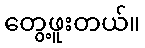
တွေ့ဖူးတယ်။